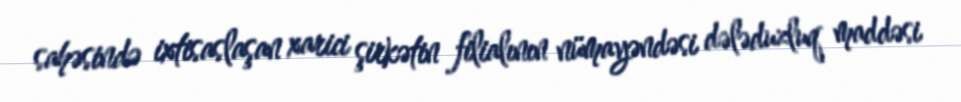
sahəsində ixtisaslaşan xarici şirkətin filialının nümayəndəsi dələduzluq maddəsi